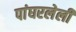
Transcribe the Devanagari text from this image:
पांघरलेली